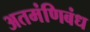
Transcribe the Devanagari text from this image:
अतमंणिबंध